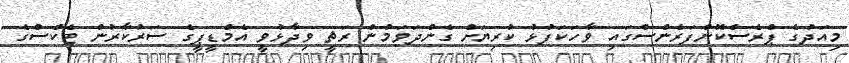
މިއަދުގެ ޕްރެސްކޮންފަރެންސްގައި ވާހަކަފުޅު ކުރިޔަށް ގެންދަވަމުން ރަޡީ ވިދާޅުވީ އެމްޑީޕީގެ ސަރުކާރުން ޓެކްސްގެ